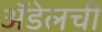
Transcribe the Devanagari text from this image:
अॅडेलची